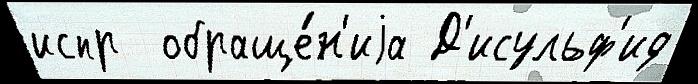
испр  обраще́н'иjа Д'исульф'ид